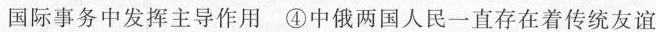
在国际事务中发挥主导作用 ④中俄两国人民一直存在着传统友谊